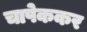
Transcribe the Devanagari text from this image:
चापेककर